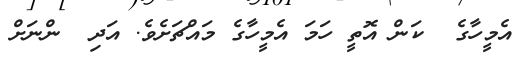
އެމީހާގެ  ކަން އޮތީ ހަމަ އެމީހާގެ މައްޗަށެވެ. އަދި  ންނަށް